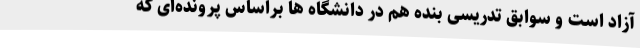
آزاد است و سوابق تدریسی بنده هم در دانشگاه ها براساس پرونده‌ای که